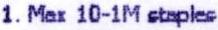
1. MAX 10-1M STAPLES